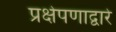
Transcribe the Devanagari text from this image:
प्रक्षेपणाद्वारे